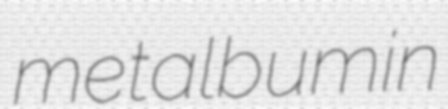
metalbumin